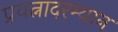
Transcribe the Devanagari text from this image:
प्रयत्नादरम्यान